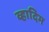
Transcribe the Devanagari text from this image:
व्हादिम